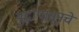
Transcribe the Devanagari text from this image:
युद्धापासूनचे